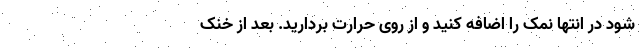
شود در انتها نمک را اضافه کنید و از روی حرارت بردارید. بعد از خنک